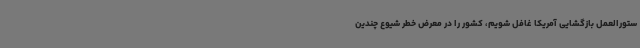
ستورالعمل بازگشایی آمریکا غافل شویم، کشور را در معرض خطر شیوع چندین